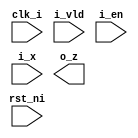
//////////////////////////////////////////////////////////////////////////////////
// Company       : TSU
// Engineer      : 
// 
// Project Name  : 
// Design Name   : 
// Description   : 
// 
// Dependencies  : 
// 
// Revision      : 
//                 - V1.0 File Created
// Additional Comments:
// 
//////////////////////////////////////////////////////////////////////////////////
// 


`default_nettype none
`timescale 1ns/1ps
module lix_reg #(
    parameter  W = 32
  )(
    input  wire          clk_i,
    input  wire          rst_ni,
    input  wire          i_vld,
    input  wire          i_en,
    input  wire  [W-1:0] i_x,
    output wire  [W-1:0] o_z);

`ifdef SIM

  reg [W-1:0] data;
  genvar i;
  generate
  for (i = 0 ; i < W ; i = i + 1)begin: GREG

    always@(negedge rst_ni or posedge clk_i) begin
      if (~rst_ni)begin
        data[i] <= 1'b0;
      end else if (i_vld && i_en) begin
        data[i] <= i_x[i];
      end
    end
    
    assign o_z[i] = data[i];
    
  end
  endgenerate



`elsif FPGA

reg [W-1:0] data;
always@(negedge rst_ni or posedge clk_i) begin
  if (~rst_ni)begin
    data <= {{W}{1'b0}};
  end else if (i_vld && i_en) begin
    data <= i_x;
  end
end

assign o_z = data;


`elsif TSMC_28N

  genvar i;

  wire en;
  lix_and  #(.W(1)
  ) u_and(
    .i_x (i_vld),
    .i_y (i_en),
    .o_z (en));

  generate
    for (i = 0 ; i < W ; i = i +1) begin: GREG
      EDFCNQD4BWP12T30P140LVT u_reg ( 
        .D(i_x[i]), 
        .E(en), 
        .CP(clk_i), 
        .CDN(rst_ni), 
        .Q(o_z[i]));
    end
  endgenerate



`elsif LIB_45NM

  genvar i;

  wire en;
  wire  [W-1:0] din;
  reg   [W-1:0] data;

  lix_and  #(.W(1)
  ) u_and(
    .i_x (i_vld),
    .i_y (i_en),
    .o_z (en));

  assign din = en ? i_x : data;   

  generate
    for (i = 0 ; i < W ; i = i +1) begin: GREG
      DFFR_X2 u_reg (
        .D(din[i]), 
        .RN(rst_ni), 
        .CK(clk_i), 
        .Q(data[i]), 
        .QN());
    end
  endgenerate 

  assign o_z = data;

`else


`endif


endmodule